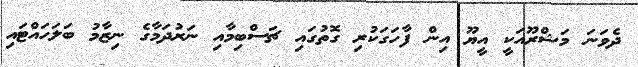
ދެވަނަ މަޝްރޫއަކީ އީޔޫ އިން ފާހަގަކުރި ގޮތުގައި ޗަސްބިމާއި ނަރުދަމާގެ ނިޒާމު ބަލަހައްޓައި